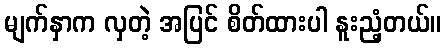
မျက်နှာက လှတဲ့ အပြင် စိတ်ထားပါ နူးညံ့တယ်။